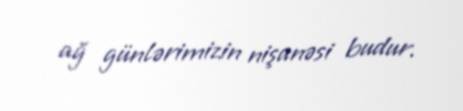
ağ günlərimizin nişanəsi budur.